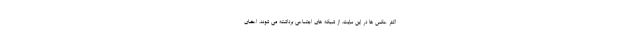
اکثر عکس ها در این سایت، از شبکه های اجتماعی برداشته می شوند. اعضای